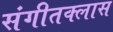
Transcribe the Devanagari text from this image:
संगीतक्लास